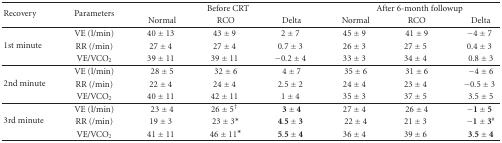
| <ROWSPAN=2> Recovery | <ROWSPAN=2> Parameters | <COLSPAN=3> Before CRT | <COLSPAN=3> After 6-month followup |
 | Normal | RCO | Delta | Normal | RCO | Delta |
 | --- | --- | --- | --- | --- | --- | --- | --- |
 | <ROWSPAN=3> 1st minute | VE (l/min) | 40 ± 13 | 43 ± 9 | 2 ± 7 | 45 ± 9 | 41 ± 9 | −4 ± 7 |
 | RR (/min) | 27 ± 4 | 27 ± 4 | 0.7 ± 3 | 26 ± 3 | 27 ± 5 | 0.4 ± 3 |
 | VE/VCO2 | 39 ± 11 | 39 ± 11 | −0.2 ± 4 | 33 ± 3 | 34 ± 4 | 0.8 ± 3 |
 | <ROWSPAN=3> 2nd minute | VE (l/min) | 28 ± 5 | 32 ± 6 | 4 ± 7 | 35 ± 6 | 31 ± 6 | − 4 ± 6 |
 | RR (/min) | 22 ± 4 | 24 ± 4 | 2.5 ± 2 | 24 ± 4 | 23 ± 4 | −0.5 ± 3 |
 | VE/VCO2 | 40 ± 11 | 42 ± 11 | 1 ± 4 | 35 ± 3 | 37 ± 5 | 3.5 ± 5 |
 | <ROWSPAN=3> 3rd minute | VE (l/min) | 23 ± 4 | 26 ± 5† | 3 ± 4 | 27 ± 4 | 26 ± 4 | −1 ± 5 |
 | RR (/min) | 19 ± 3 | 23 ± 3* | 4.5 ± 3 | 22 ± 4 | 21 ± 3 | −1 ± 3# |
 | VE/VCO2 | 41 ± 11 | 46 ± 11* | 5.5 ± 4 | 36 ± 4 | 39 ± 6 | 3.5 ± 4 |